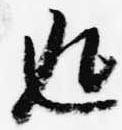
返